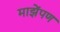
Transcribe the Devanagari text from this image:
माझेंपण